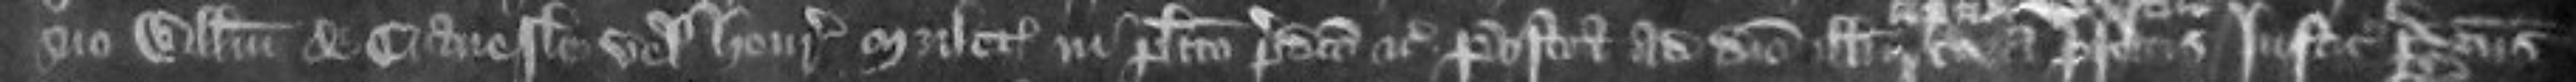
suo Willelmum de Cranesele vel Henricum Mulet in placito predicto etc Postea ad diem illum coram prefatis justiciariis predictus